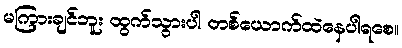
မကြားချင်ဘူး ထွက်သွားပါ တစ်ယောက်ထဲနေပါရစေ။